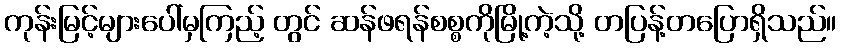
ကုန်းမြင့်များပေါ်မှကြည့် တွင် ဆန်ဖရန်စစ္စကိုမြို့ကဲ့သို့ တပြန့်တပြောရှိသည်။